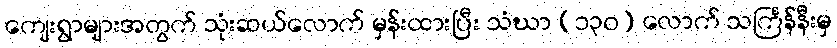
ကျေးရွာများအတွက် သုံးဆယ်လောက် မှန်းထားပြီး သံဃာ (၁၃၀) လောက် သင်္ကြန်နီးမှ